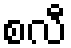
စလီ